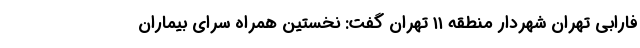
فارابی تهران شهردار منطقه ۱۱ تهران گفت: نخستین همراه سرای بیماران